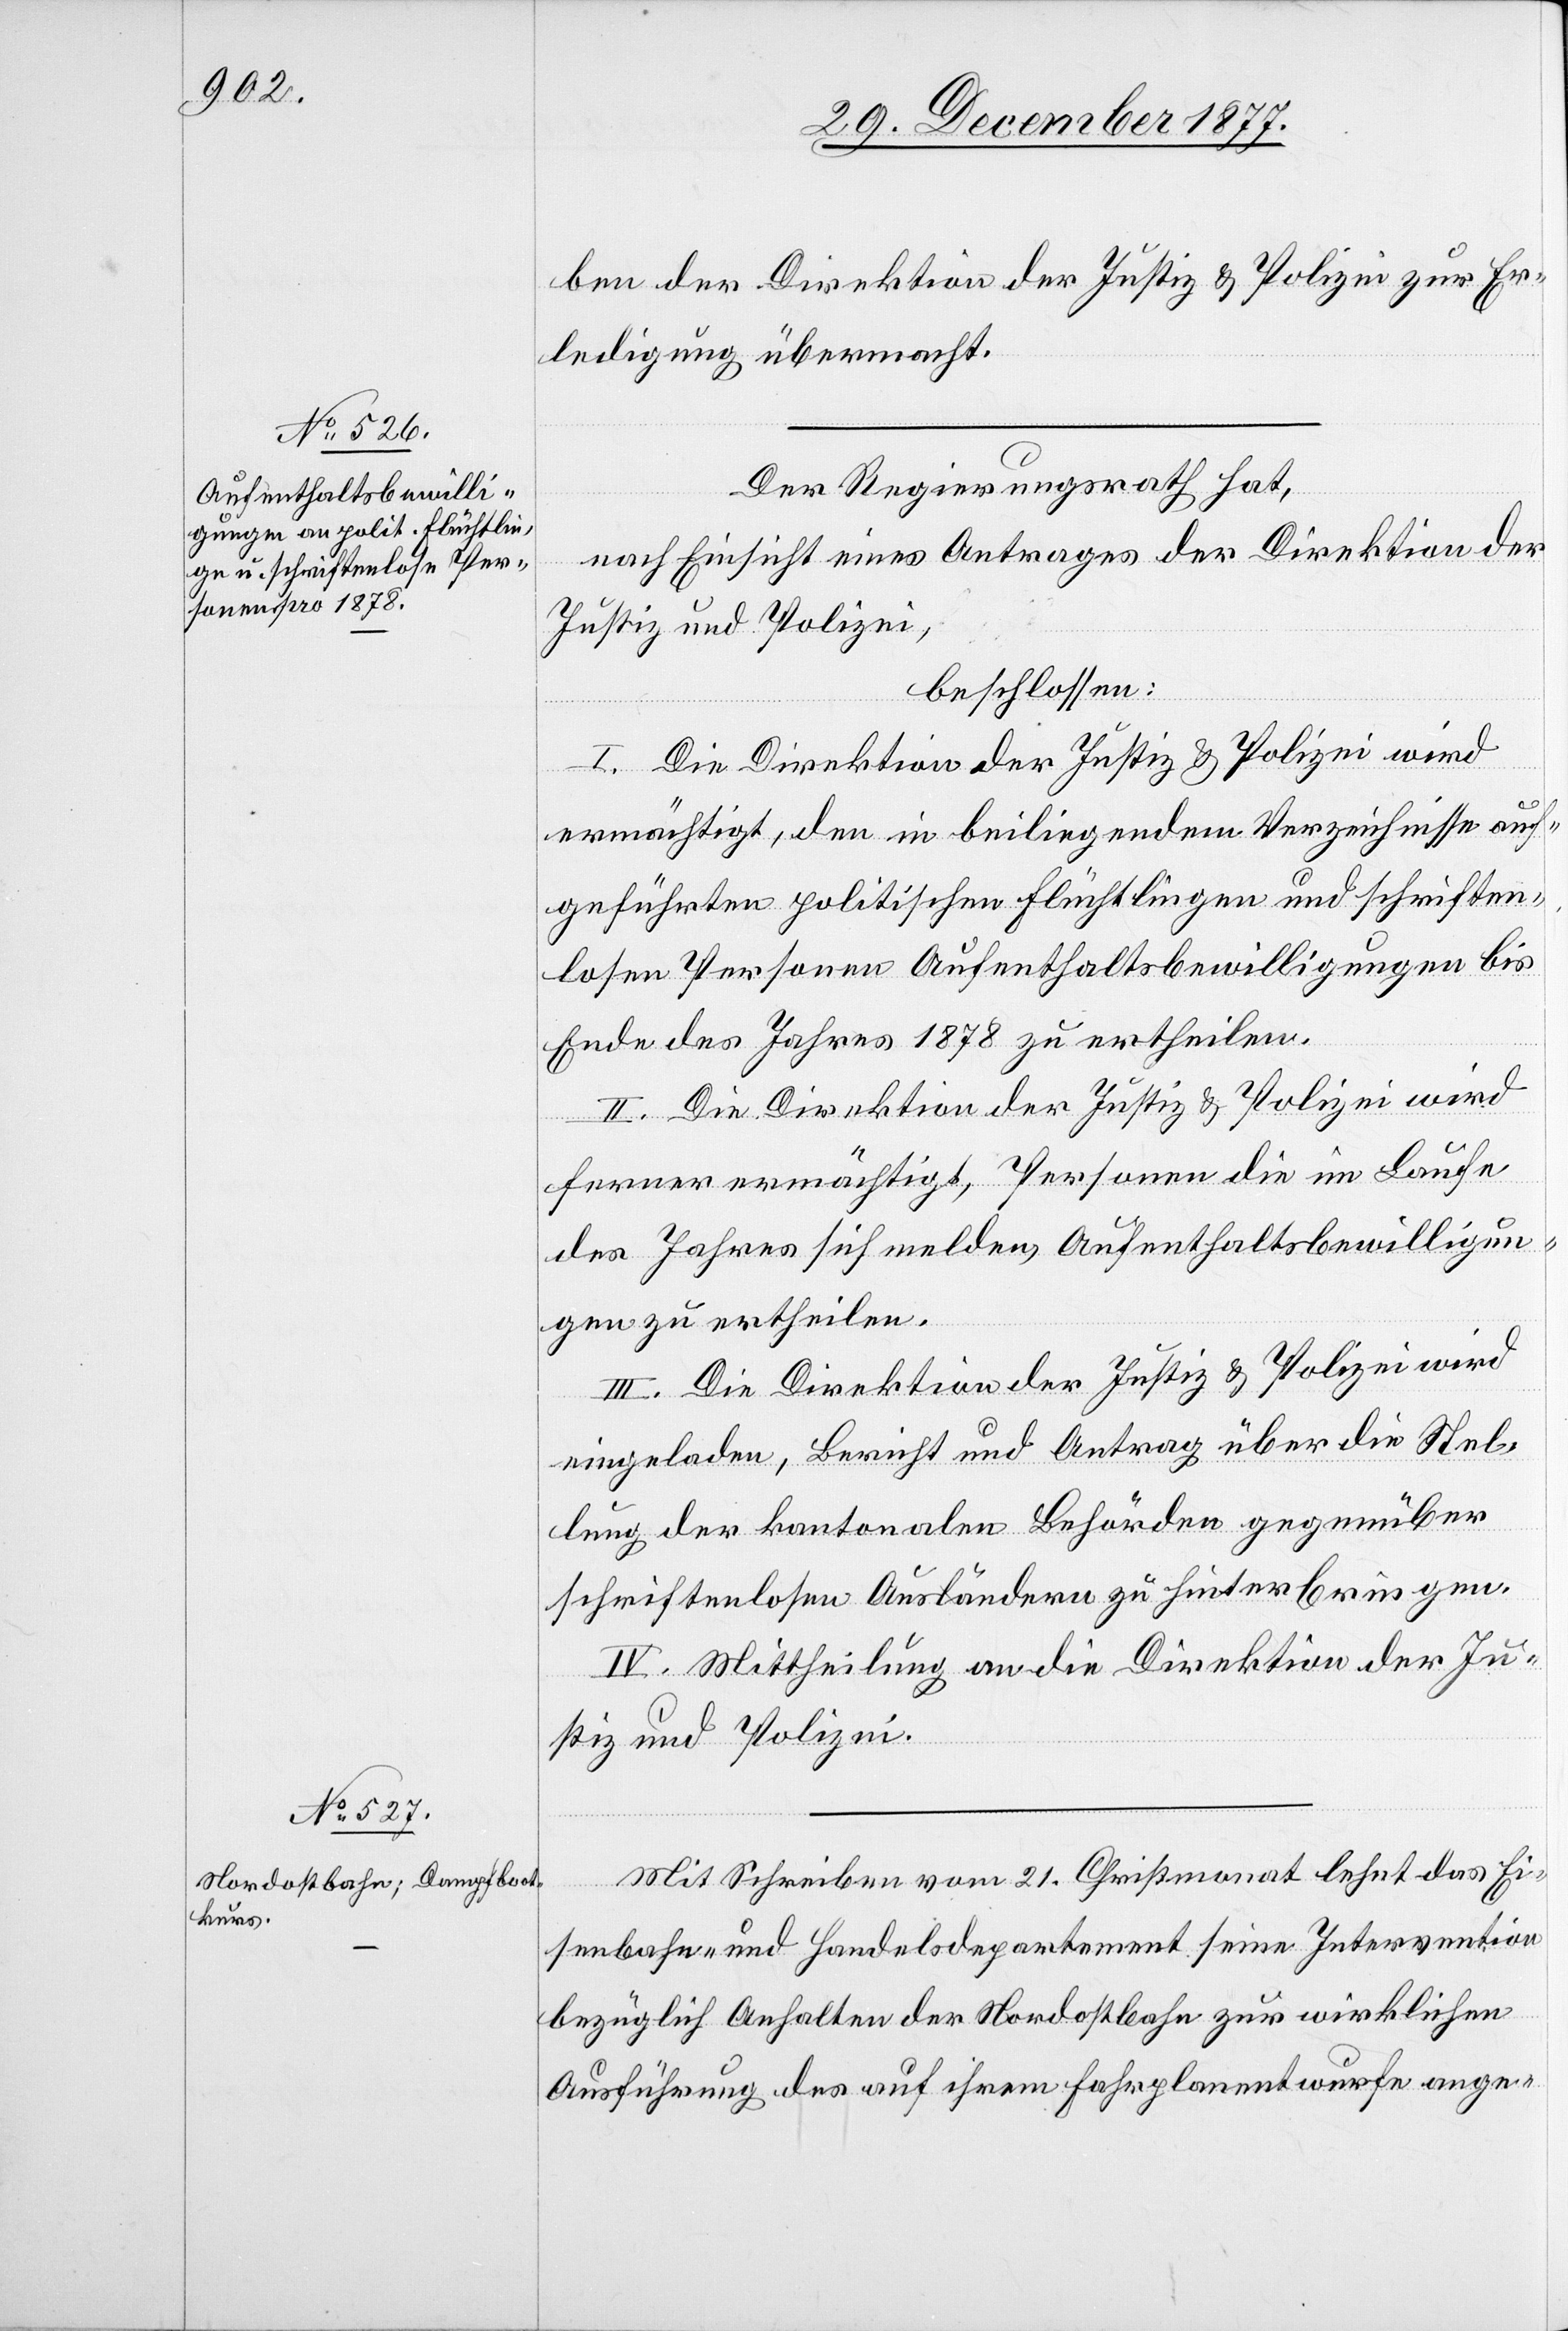
ben der Direktion der Justiz & Polizei zur Er¬
ledigung übermacht.
Der Regierungsrath hat,
nach Einsicht eines Antrages der Direktion der
Justiz und Polizei,
beschlossen:
I. Die Direktion der Justiz & Polizei wird
ermächtigt, den in beiliegendem Verzeichnisse auf¬
geführten politischen Flüchtlingen und schriften¬
losen Personen Aufenthaltsbewilligungen bis
Ende des Jahres 1878 zu ertheilen.
II. Die Direktion der Justiz & Polizei wird
ferner ermächtigt, Personen die im Laufe
des Jahres sich melden, Aufenthaltsbewilligun¬
gen zu ertheilen.
III. Die Direktion der Justiz & Polizei wird
eingeladen, Bericht und Antrag über die Stel¬
lung der kantonalen Behörden gegenüber
schriftenlosen Ausländern zu hinterbringen.
IV. Mittheilung an die Direktion der Ju¬
stiz und Polizei.
Mit Schreiben vom 21. Christmonat lehnt das Ei¬
senbahn- und Handelsdepartement seine Intervention
bezüglich Anhalten der Nordostbahn zur wirklichen
Ausführung des auf ihrem Fahrplanentwurfe ange-